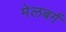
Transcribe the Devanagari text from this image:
मेलबर्ग